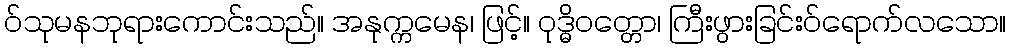
ဝ်သုမနဘုရားကောင်းသည်။ အနုက္ကမေန၊ ဖြင့်။ ဝုဒ္ဓိဝတ္တော၊ ကြီးဖွားခြင်းဝ်ရောက်လသော။